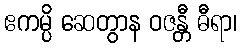
ဧကမ္ပိ ဆေတွာန ဝဇန္တီ ဓီရာ၊